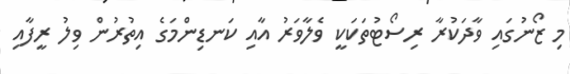
މި ޒޯނުގައި ވާދަކުރާ ރިސޯޓުތަކަކީ ވެލާވަރު އާއި ކަނޑިންމަގެ އިތުރުން ވިލު ރީފާއި